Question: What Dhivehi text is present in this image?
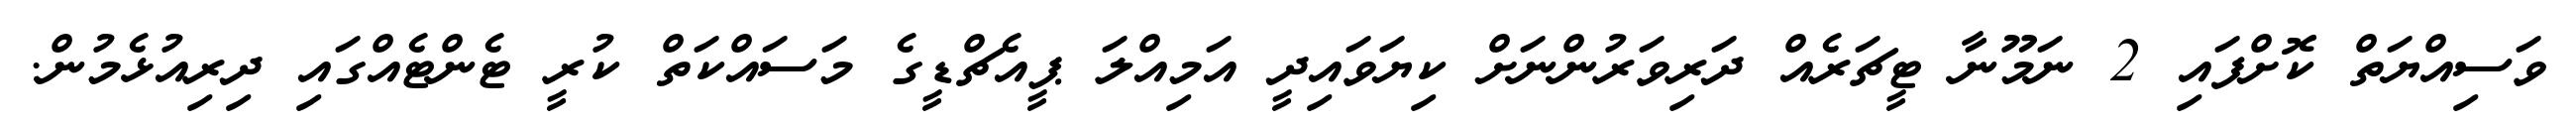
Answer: ވަސިއްޔަތް ކޮށްފައި 2 ނަމޫނާ ޓީޗަރެއް ދަރިވަރުންނަށް ކިޔަވައިދީ އަމިއްލަ ޕީއެޗްޑީގެ މަސައްކަތް ކުރީ ޓެންޓެއްގައި ދިރިއުޅެމުން.